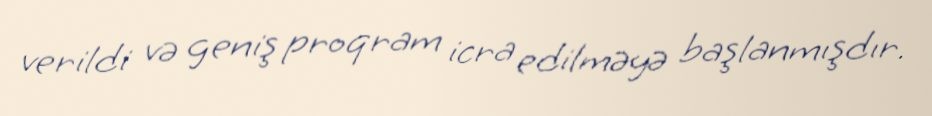
verildi və geniş proqram icra edilməyə başlanmışdır.